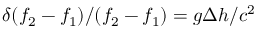
\delta ( f _ { 2 } - f _ { 1 } ) / ( f _ { 2 } - f _ { 1 } ) = g \Delta h / c ^ { 2 }